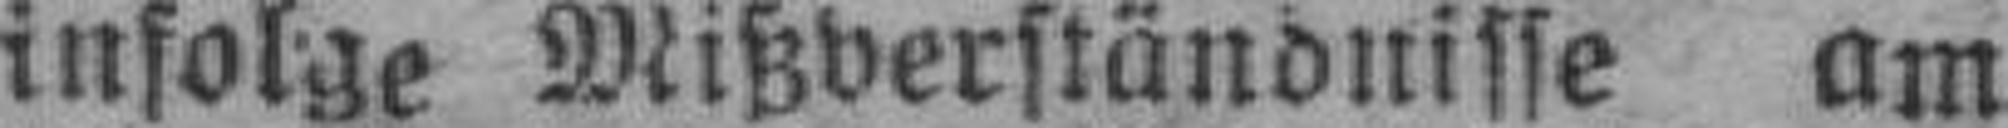
infolge Mißverständnisse am